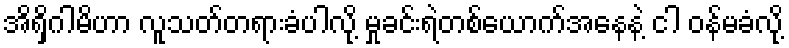
အိရှိဂါမိဟာ လူသတ်တရားခံပါလို့ မှုခင်းရဲတစ်ယောက်အနေနဲ့ ငါ ဝန်မခံလို့